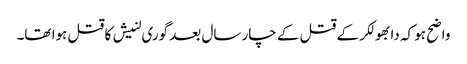
واضح ہو کہ دابھولکر کے قتل کے چار سال بعد گوری لنیش کا قتل ہوا تھا۔